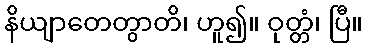
နိယျာတေတွာတိ၊ ဟူ၍။ ဝုတ္တံ၊ ပြီ။